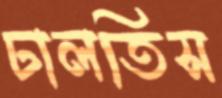
ঢালতিস